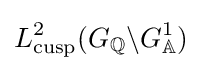
L_{\text{cusp}}^{2}(G_{\mathbb {Q} }\backslash G_{\mathbb {A} }^{1})